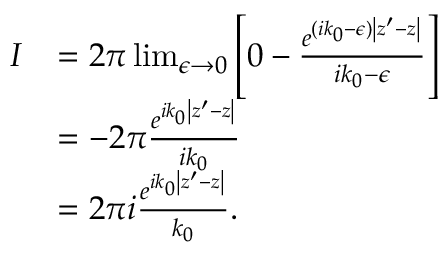
{ \begin{array} { r l } { I } & { = 2 \pi \operatorname* { l i m } _ { \epsilon \to 0 } \left[ 0 - { \frac { e ^ { ( i k _ { 0 } - \epsilon ) { \left| z ^ { \prime } - z \right| } } } { i k _ { 0 } - \epsilon } } \right] } \\ & { = - 2 \pi { \frac { e ^ { i k _ { 0 } { \left| z ^ { \prime } - z \right| } } } { i k _ { 0 } } } } \\ & { = 2 \pi i { \frac { e ^ { i k _ { 0 } { \left| z ^ { \prime } - z \right| } } } { k _ { 0 } } } . } \end{array} }